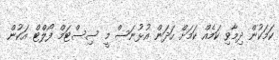
ކަމަކުން ދިމާވި ކަމެއް ކަމަށް ހަދަން އުޅުނަސް މީ ސިސްޓަމް ފޯލްޓް އަކުން